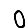
Digit: 0